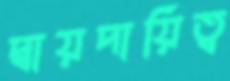
দ্বায়দায়িত্ব